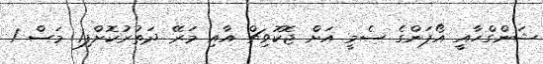
ޝަންގްހާއީ އޯޕަންގެ ސެމީ އަށް ޖޮކޮވިޗް އާއި މަރޭ ދަތުރުކޮށްފި1 މަސް 1